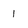
Character: 1